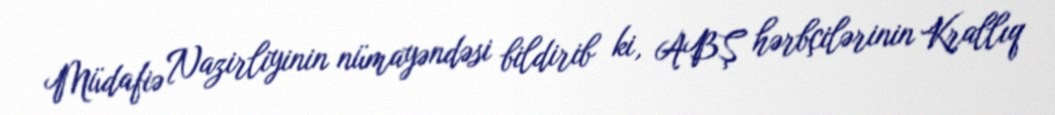
Müdafiə Nazirliyinin nümayəndəsi bildirib ki, ABŞ hərbçilərinin Krallıq